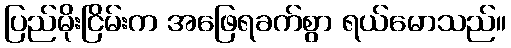
ပြည်မိုးငြိမ်းက အဖြေရခက်စွာ ရယ်မောသည်။